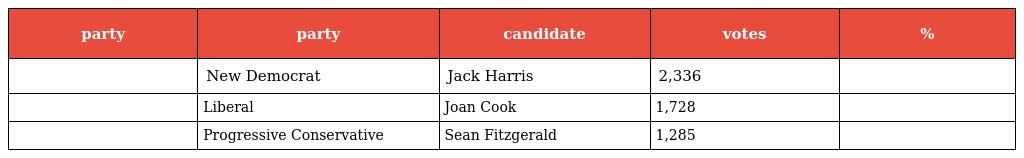
| party | party | candidate | votes | % |
 | --- | --- | --- | --- | --- |
 |  | New Democrat | Jack Harris | 2,336 |  |
 |  | Liberal | Joan Cook | 1,728 |  |
 |  | Progressive Conservative | Sean Fitzgerald | 1,285 |  |